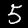
Label: 5